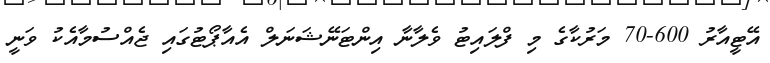
އޭޓީއާރު 600-70 މަރުކާގެ މި ފްލައިޓު ވެލާނާ އިންޓަނޭޝަނަލް އެއާޕޯޓުގައި ޖެއްސުމާއެކު ވަނީ